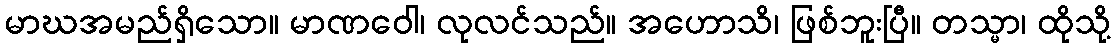
မာဃအမည်ရှိသော။ မာဏဝေါ၊ လုလင်သည်။ အဟောသိ၊ ဖြစ်ဘူးပြီ။ တသ္မာ၊ ထိုသို့